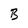
Character: B